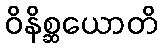
ဝိနိစ္ဆယောတိ